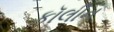
કૉલીન